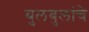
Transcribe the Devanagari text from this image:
बुलबुलांचे